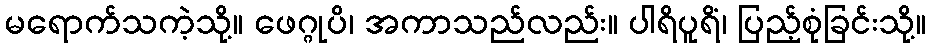
မရောက်သကဲ့သို့။ ဖေဂ္ဂုပိ၊ အကာသည်လည်း။ ပါရိပူရိံ၊ ပြည့်စုံခြင်းသို့။